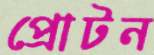
প্রোটন